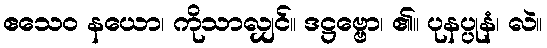
ဧသေဝ နယော၊ ကိုသာလျှင်။ ဒဋ္ဌဗ္ဗော၊ ၏။ ပုနပ္ပုနံ၊ လဲ။